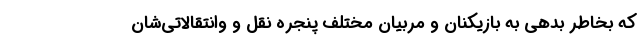
که بخاطر بدهی به بازیکنان و مربیان مختلف پنجره نقل و وانتقالاتی‌شان